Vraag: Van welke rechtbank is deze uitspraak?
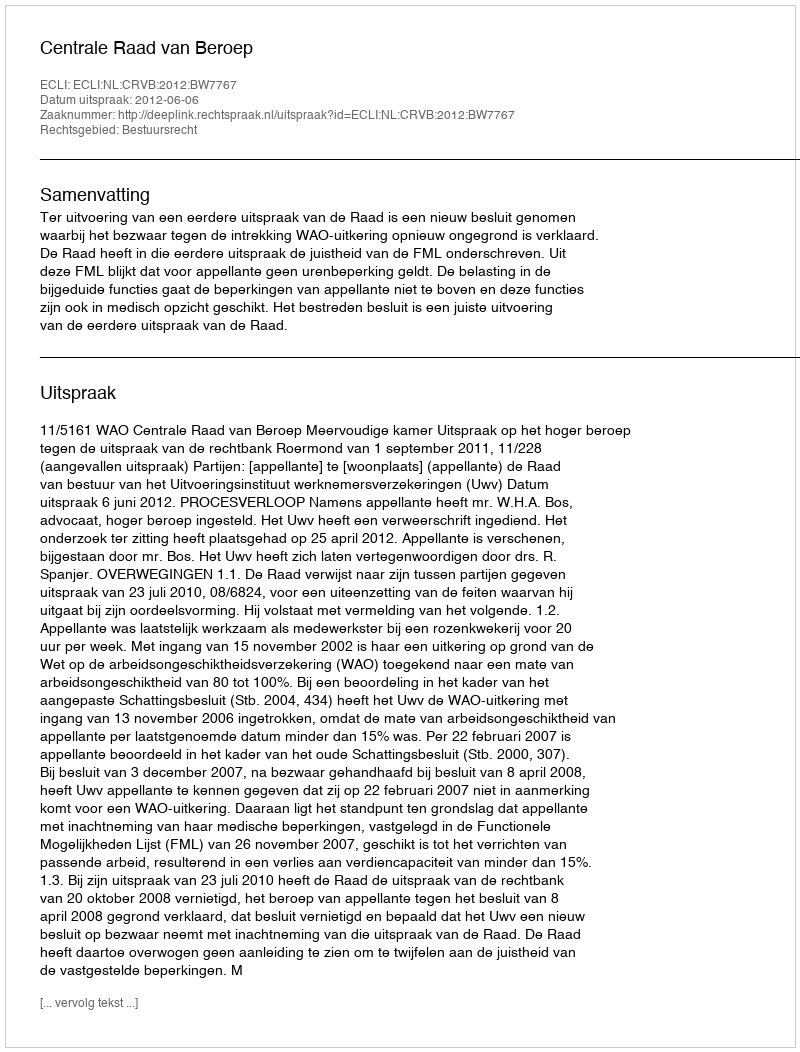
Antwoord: Centrale Raad van Beroep